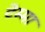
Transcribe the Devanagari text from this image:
टेम्मा